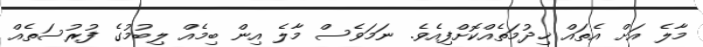
މާލެ އަށް އެތައް ޚިދުމަތެއްކޮށްފިއެވެ. ނަމަވެސް މާލެ އިން ބިމެއް ލިބުމުގެ ފުރުސަތެއް